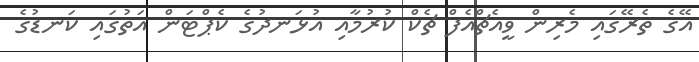
އޭގެ ތެރޭގައި މެރިން ވީއެޗްއެފް ޗެކް ކުރުމާއި އުޅަނދުގެ ކެޕްޓަން އަތުގައި ކަނޑުގެ